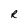
Character: R